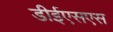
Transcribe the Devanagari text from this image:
डीईएसएस